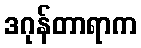
ဒဂုန်တာရာက